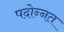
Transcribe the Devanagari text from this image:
पदोन्‍नत